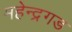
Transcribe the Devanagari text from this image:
महेन्द्रगड